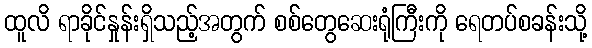
ထူလိ ရာခိုင်နှုန်းရှိသည့်အတွက် စစ်တွေဆေးရုံကြီးကို ရေတပ်စခန်းသို့